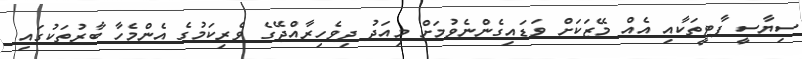
ސިޔާސީ ޕާޓީތަކާއި އެއް މޭޒަކަށް ވަޑައިގެންނެވުމަށް މިއަދު ދިވެހިރާއްޖޭގެ ވެރިކަމުގެ އެންމެހާ ބާރުތަކުގައި